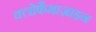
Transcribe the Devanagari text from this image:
क्लोफैमाज़ाइन